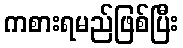
ကစားရမည်ဖြစ်ပြီး